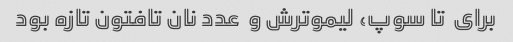
برای  تا سوپ، لیموترش و  عدد نان تافتون تازه بود